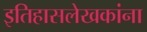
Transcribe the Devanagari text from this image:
इतिहासलेखकांना